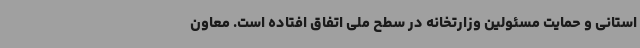
استانی و حمایت مسئولین وزارتخانه در سطح ملی اتفاق افتاده است. معاون